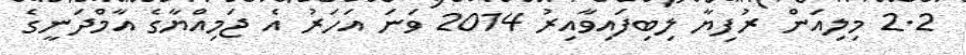
2.2 މިލިއަން ރުފިޔާ ލިބިފައިވާއިރު 2014 ވަނަ އަހަރު އެ ޖަމިއްޔާގެ އާމްދަނީގެ